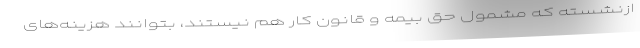
ازنشسته که مشمول حق بیمه و قانون کار هم نیستند، بتوانند هزینه‌های